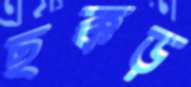
ছক্কড়